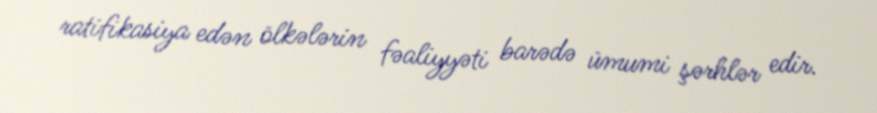
ratifikasiya edən ölkələrin fəaliyyəti barədə ümumi şərhlər edir.